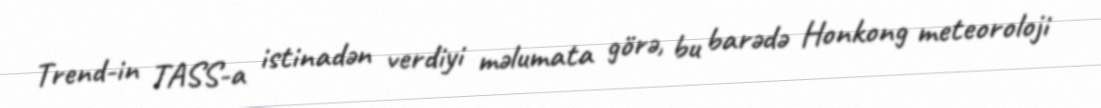
Trend-in TASS-a istinadən verdiyi məlumata görə, bu barədə Honkong meteoroloji